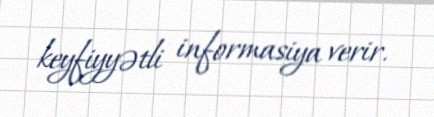
keyfiyyətli informasiya verir.